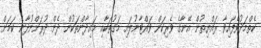
ކެތްމަދުވެފައިވާ ރައްޔިތުން އޭނާގެ ވެރިކަން ވައްޓާނުލައި މަގުތަކާއި މައިދާންތަކުން ދެން ދުރަށްނުދާނެ ކަމަށް